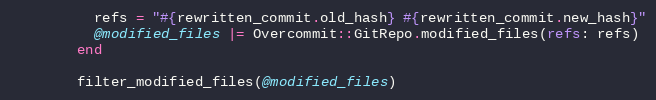
Language: Ruby
          refs = "#{rewritten_commit.old_hash} #{rewritten_commit.new_hash}"
          @modified_files |= Overcommit::GitRepo.modified_files(refs: refs)
        end

        filter_modified_files(@modified_files)